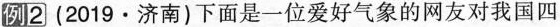
例2 (2019 · 济南)下面是一位爱好气象的网友对我国四